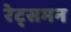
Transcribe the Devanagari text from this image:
रेट्समन